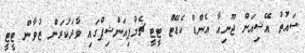
ސައުތު އޭޝިއަން ޖޫނިއާ އެންޑް ކެޑޭޓް ޓީޓީ ޗެމްޕިއަންޝިޕްގައި ވާދަކުރަން ޒުވާން ޓީޓީ